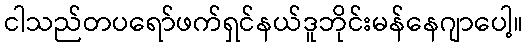
ငါသည်တပရော်ဖက်ရှင်နယ်ဒူဘိုင်းမန်နေဂျာပေါ့။